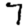
Digit: 7